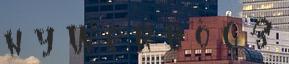
n y W e r b ő c z